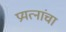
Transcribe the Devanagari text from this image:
प्रयत्‍नांचा